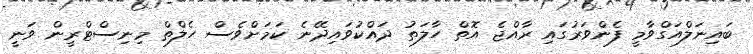
ބައިނަލްއަގްވާމީ ފެންވަރުގައި ރާއްޖެ އޮތް ހާލަތު ދައްކުވައިދޭނެ ކަމަށްވެސް ހެލްތް މިނިސްޓްރީން ވަނީ